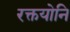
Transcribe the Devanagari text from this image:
रक्तयोनि